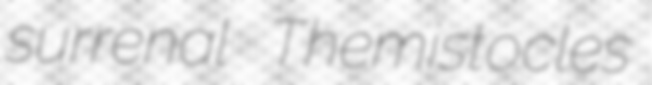
surrenal Themistocles